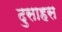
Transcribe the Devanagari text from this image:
दुसाहस